Indian journal of veterinary science and animal husbandry - Volume 4,
Year: 1934
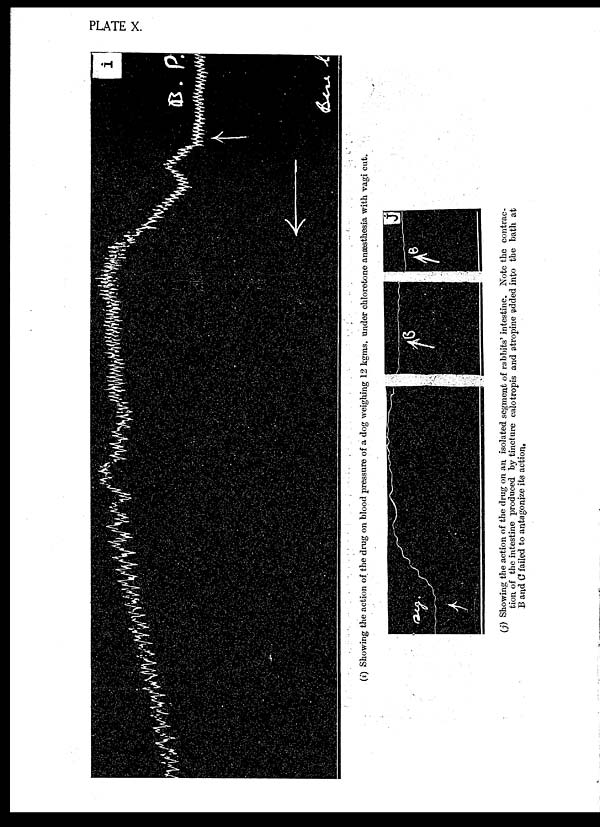
PLATE X.
(i) Showing the action of the drug on blood pressure of a dog weighing 12 kgms. under chloretone anæsthesia
with vagi cut.
(j) Showing the action of the drug on an isolated segment of rabbits' intestine. Note the contrac-
tion of the intestine produced by tincture calotropis and atropine added into the bath at
B and C failed to antagonize its action,